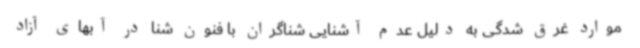
موارد غرق شدگی به دلیل عدم آشنایی شناگران با فنون شنا در آبهای آزاد